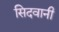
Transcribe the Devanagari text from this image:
सिदवानी